Lunatic asylums Punjab 1911-1921 - 1911-1921
Year: 1911
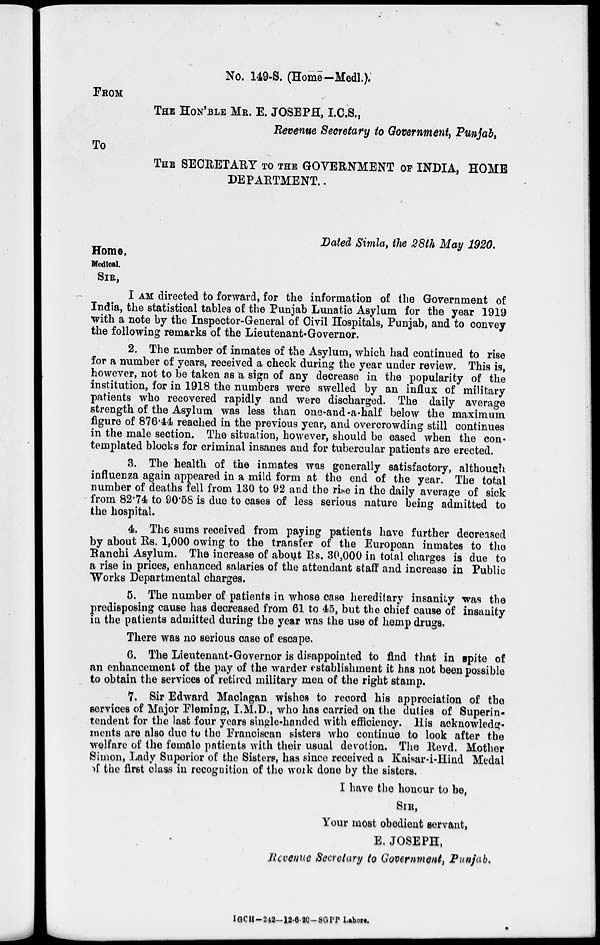
No. 149-S. (Home—Medl.).
FROM
THE HON'BLE MR. E. JOSEPH, I.C.S.,
Revenue Secretary to Government, Punjab,
To
THE SECRETARY TO THE GOVERNMENT OF INDIA, HOME
DEPARTMENT.
Dated Simla, the 28th May 1920.
Home.
Medical.
SIR,
I AM directed to forward, for the information of the Government of
India, the statistical tables of the Punjab Lunatic Asylum for the year 1919
with a note by the Inspector-General of Civil Hospitals, Punjab, and to convey
the following remarks of the Lieutenant-Governor.
2. The number of inmates of the Asylum, which had continued to rise
for a number of years, received a check during the year under review. This is,
however, not to be taken as a sign of any decrease in the popularity of the
institution, for in 1918 the numbers were swelled by an influx of military
patients who recovered rapidly and were discharged. The daily average
strength of the Asylum was less than one-and-a-half below the maximum
figure of 876.44 reached in the previous year, and overcrowding still continues
in the male section. The situation, however, should be eased when the con-
templated blocks for criminal insanes and for tubercular patients are erected.
3. The health of the inmates was generally satisfactory, although
influenza again appeared in a mild form at the end of the year. The total
number of deaths fell from 130 to 92 and the rise in the daily average of sick
from 82.74 to 90.58 is due to cases of less serious nature being admitted to
the hospital.
4. The sums received from paying patients have further decreased
by about Rs. 1,000 owing to the transfer of the European inmates to the
Ranchi Asylum. The increase of about Rs. 30,000 in total charges is due to
a rise in prices, enhanced salaries of the attendant staff and increase in Public
Works Departmental charges.
5. The number of patients in whose case hereditary insanity was the
predisposing cause has decreased from 61 to 45, but the chief cause of insanity
in the patients admitted during the year was the use of hemp drugs.
There was no serious case of escape.
6. The Lieutenant-Governor is disappointed to find that in spite of
an enhancement of the pay of the warder establishment it has not been possible
to obtain the services of retired military men of the right stamp.
7. Sir Edward Maclagan wishes to record his appreciation of the
services of Major Fleming, I.M.D., who has carried on the duties of Superin-
tendent for the last four years single-handed with efficiency. His acknowledg-
ments are also due to the Franciscan sisters who continue to look after the
welfare of the female patients with their usual devotion. The Revd. Mother
Simon, Lady Superior of the Sisters, has since received a Kaisar-i-Hind Medal
of the first class in recognition of the work done by the sisters.
I have the honour to be,
SIR,
Your most obedient servant,
E. JOSEPH,
Revenue Secretary to Government, Punjab.
IGCH-242—12-6-20-SGPP Lahore.